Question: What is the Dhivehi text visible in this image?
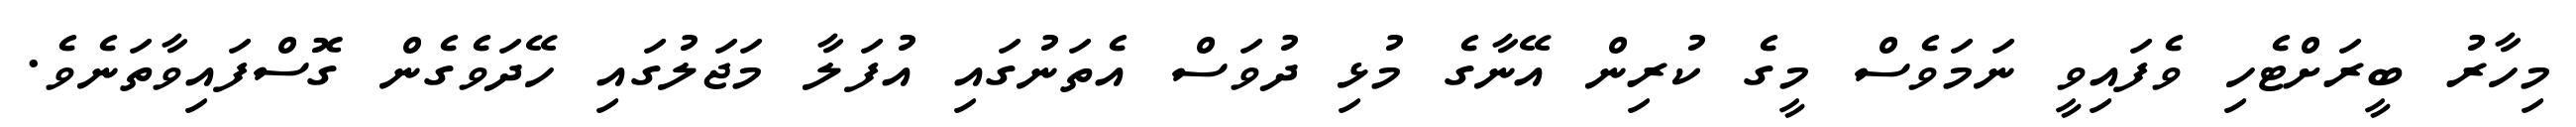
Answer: މިހާރު ބީރަށްޓެހި ވެފައިވީ ނަމަވެސް މީގެ ކުރިން އޭނާގެ މުޅި ދުވަސް އެތަނުގައި އުފަލާ މަޖަލުގައި ހޭދަވެގެން ގޮސްފައިވާތަނެވެ.